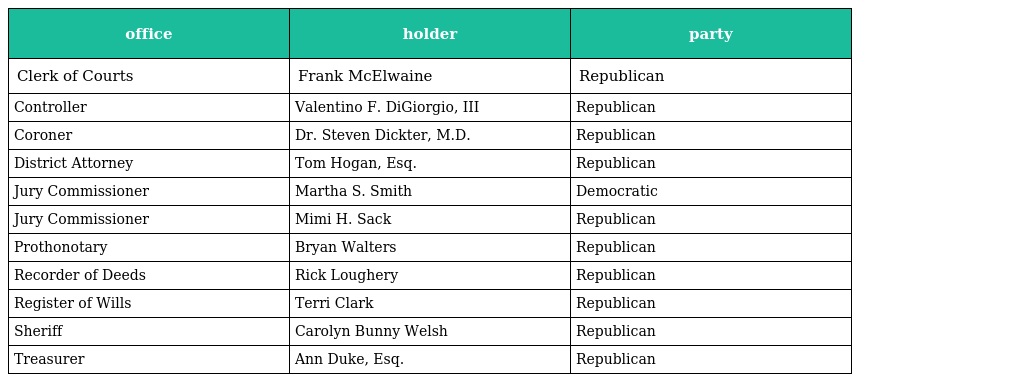
| office | holder | party |
 | --- | --- | --- |
 | Clerk of Courts | Frank McElwaine | Republican |
 | Controller | Valentino F. DiGiorgio, III | Republican |
 | Coroner | Dr. Steven Dickter, M.D. | Republican |
 | District Attorney | Tom Hogan, Esq. | Republican |
 | Jury Commissioner | Martha S. Smith | Democratic |
 | Jury Commissioner | Mimi H. Sack | Republican |
 | Prothonotary | Bryan Walters | Republican |
 | Recorder of Deeds | Rick Loughery | Republican |
 | Register of Wills | Terri Clark | Republican |
 | Sheriff | Carolyn Bunny Welsh | Republican |
 | Treasurer | Ann Duke, Esq. | Republican |